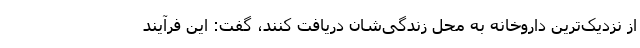
از نزدیک‌ترین داروخانه به محل زندگی‌شان دریافت کنند، گفت: این فرآیند